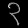
Digit: ၃